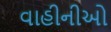
વાહીનીઓ